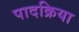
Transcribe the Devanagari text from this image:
पादक्रिया